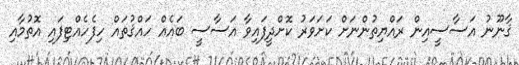
ޤާނޫނު އަސާސީއިން ރައްޔިތުންނަށް ކަށަވަރު ކޮށްދީފައިވާ އަސާސީ ބައެއް ހައްޤުތައް ހިފެހެއްޓިފައި އޮތުމާއި